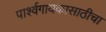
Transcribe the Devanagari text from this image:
पार्श्वगायकासाठीचा